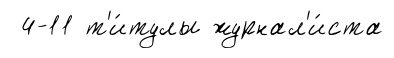
4-11 т'и́тулы журнал'и́ста